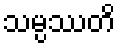
သမ္ပဿတိ